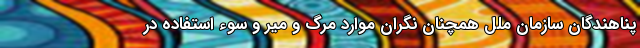
پناهندگان سازمان ملل همچنان نگران موارد مرگ و میر و سوء استفاده‌ در